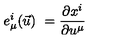
e _ { \mu } ^ { i } ( \vec { u } ) \ = \frac { \partial x ^ { i } } { \partial u ^ { \mu } }